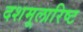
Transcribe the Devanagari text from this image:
दशमूलारिष्ट